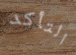
التأكد